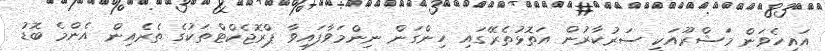
އައިހެވަން މަޝްރޫއަކީ ސަރުކާރުން އަތޮޅުތެރޭގައި ހިންގަން ނިންމަވާފައިވާ ޕްރޮޖެކްޓްތަކުގެ ތެރެއިން އެންމެ ބޮޑު